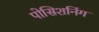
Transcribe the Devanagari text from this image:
पोसिशनिंग